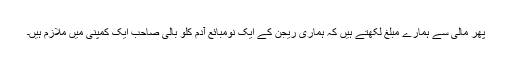
پھر مالی سے ہمارے مبلغ لکھتے ہیں کہ ہماری ریجن کے ایک نومبائع آدم کلو بالی صاحب ایک کمپنی میں ملازم ہیں۔